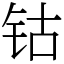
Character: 钴